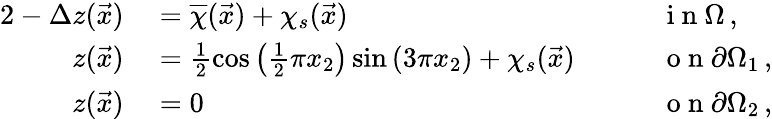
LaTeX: \begin{array}{rlrl}{{2}-\Delta z(\vec{x})}&{{}=\overline{{\chi}}(\vec{x})+\chi_{s}(\vec{x})\quad}&{}&{{}\mathrm{~i~n~}\Omega\, ,}\\ {z(\vec{x})}&{{}=\frac{1}{2}\cos\left(\frac{1}{2}\pi x_{2}\right)\sin\left(3\pi x_{2}\right)+\chi_{s}(\vec{x})\quad}&{}&{{}\mathrm{~o~n~}\partial\Omega_{1}\, ,}\\ {z(\vec{x})}&{{}=0\quad}&{}&{{}\mathrm{~o~n~}\partial\Omega_{2}\, ,}\end{array}